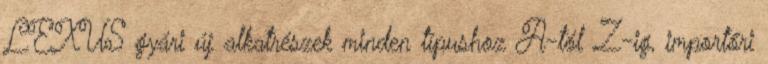
LEXUS gyári új alkatrészek minden típushoz A-tól Z-ig, importőri